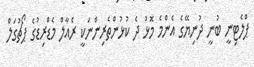
ޕްލެޓިނީ ބުނީ ދުނިޔޭގެ އެންމެ މޮޅު ދެ ކުޅުންތެރިންނަކީ ރެއާލް މެޑްރިޑުގެ ޕޯޗުގަލް